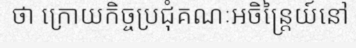
ថា ក្រោយកិច្ចប្រជុំគណៈអចិន្ត្រៃយ៍នៅ